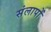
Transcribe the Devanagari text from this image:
संलापों